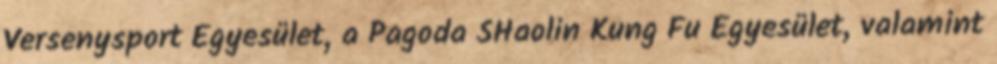
Versenysport Egyesület, a Pagoda SHaolin Kung Fu Egyesület, valamint